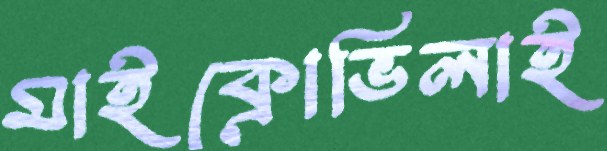
মাইক্রোভিলাই